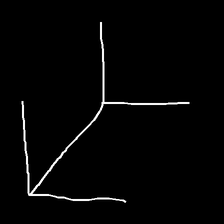
Glyph: gather